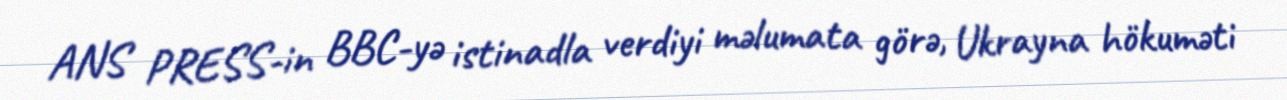
ANS PRESS-in BBC-yə istinadla verdiyi məlumata görə, Ukrayna hökuməti